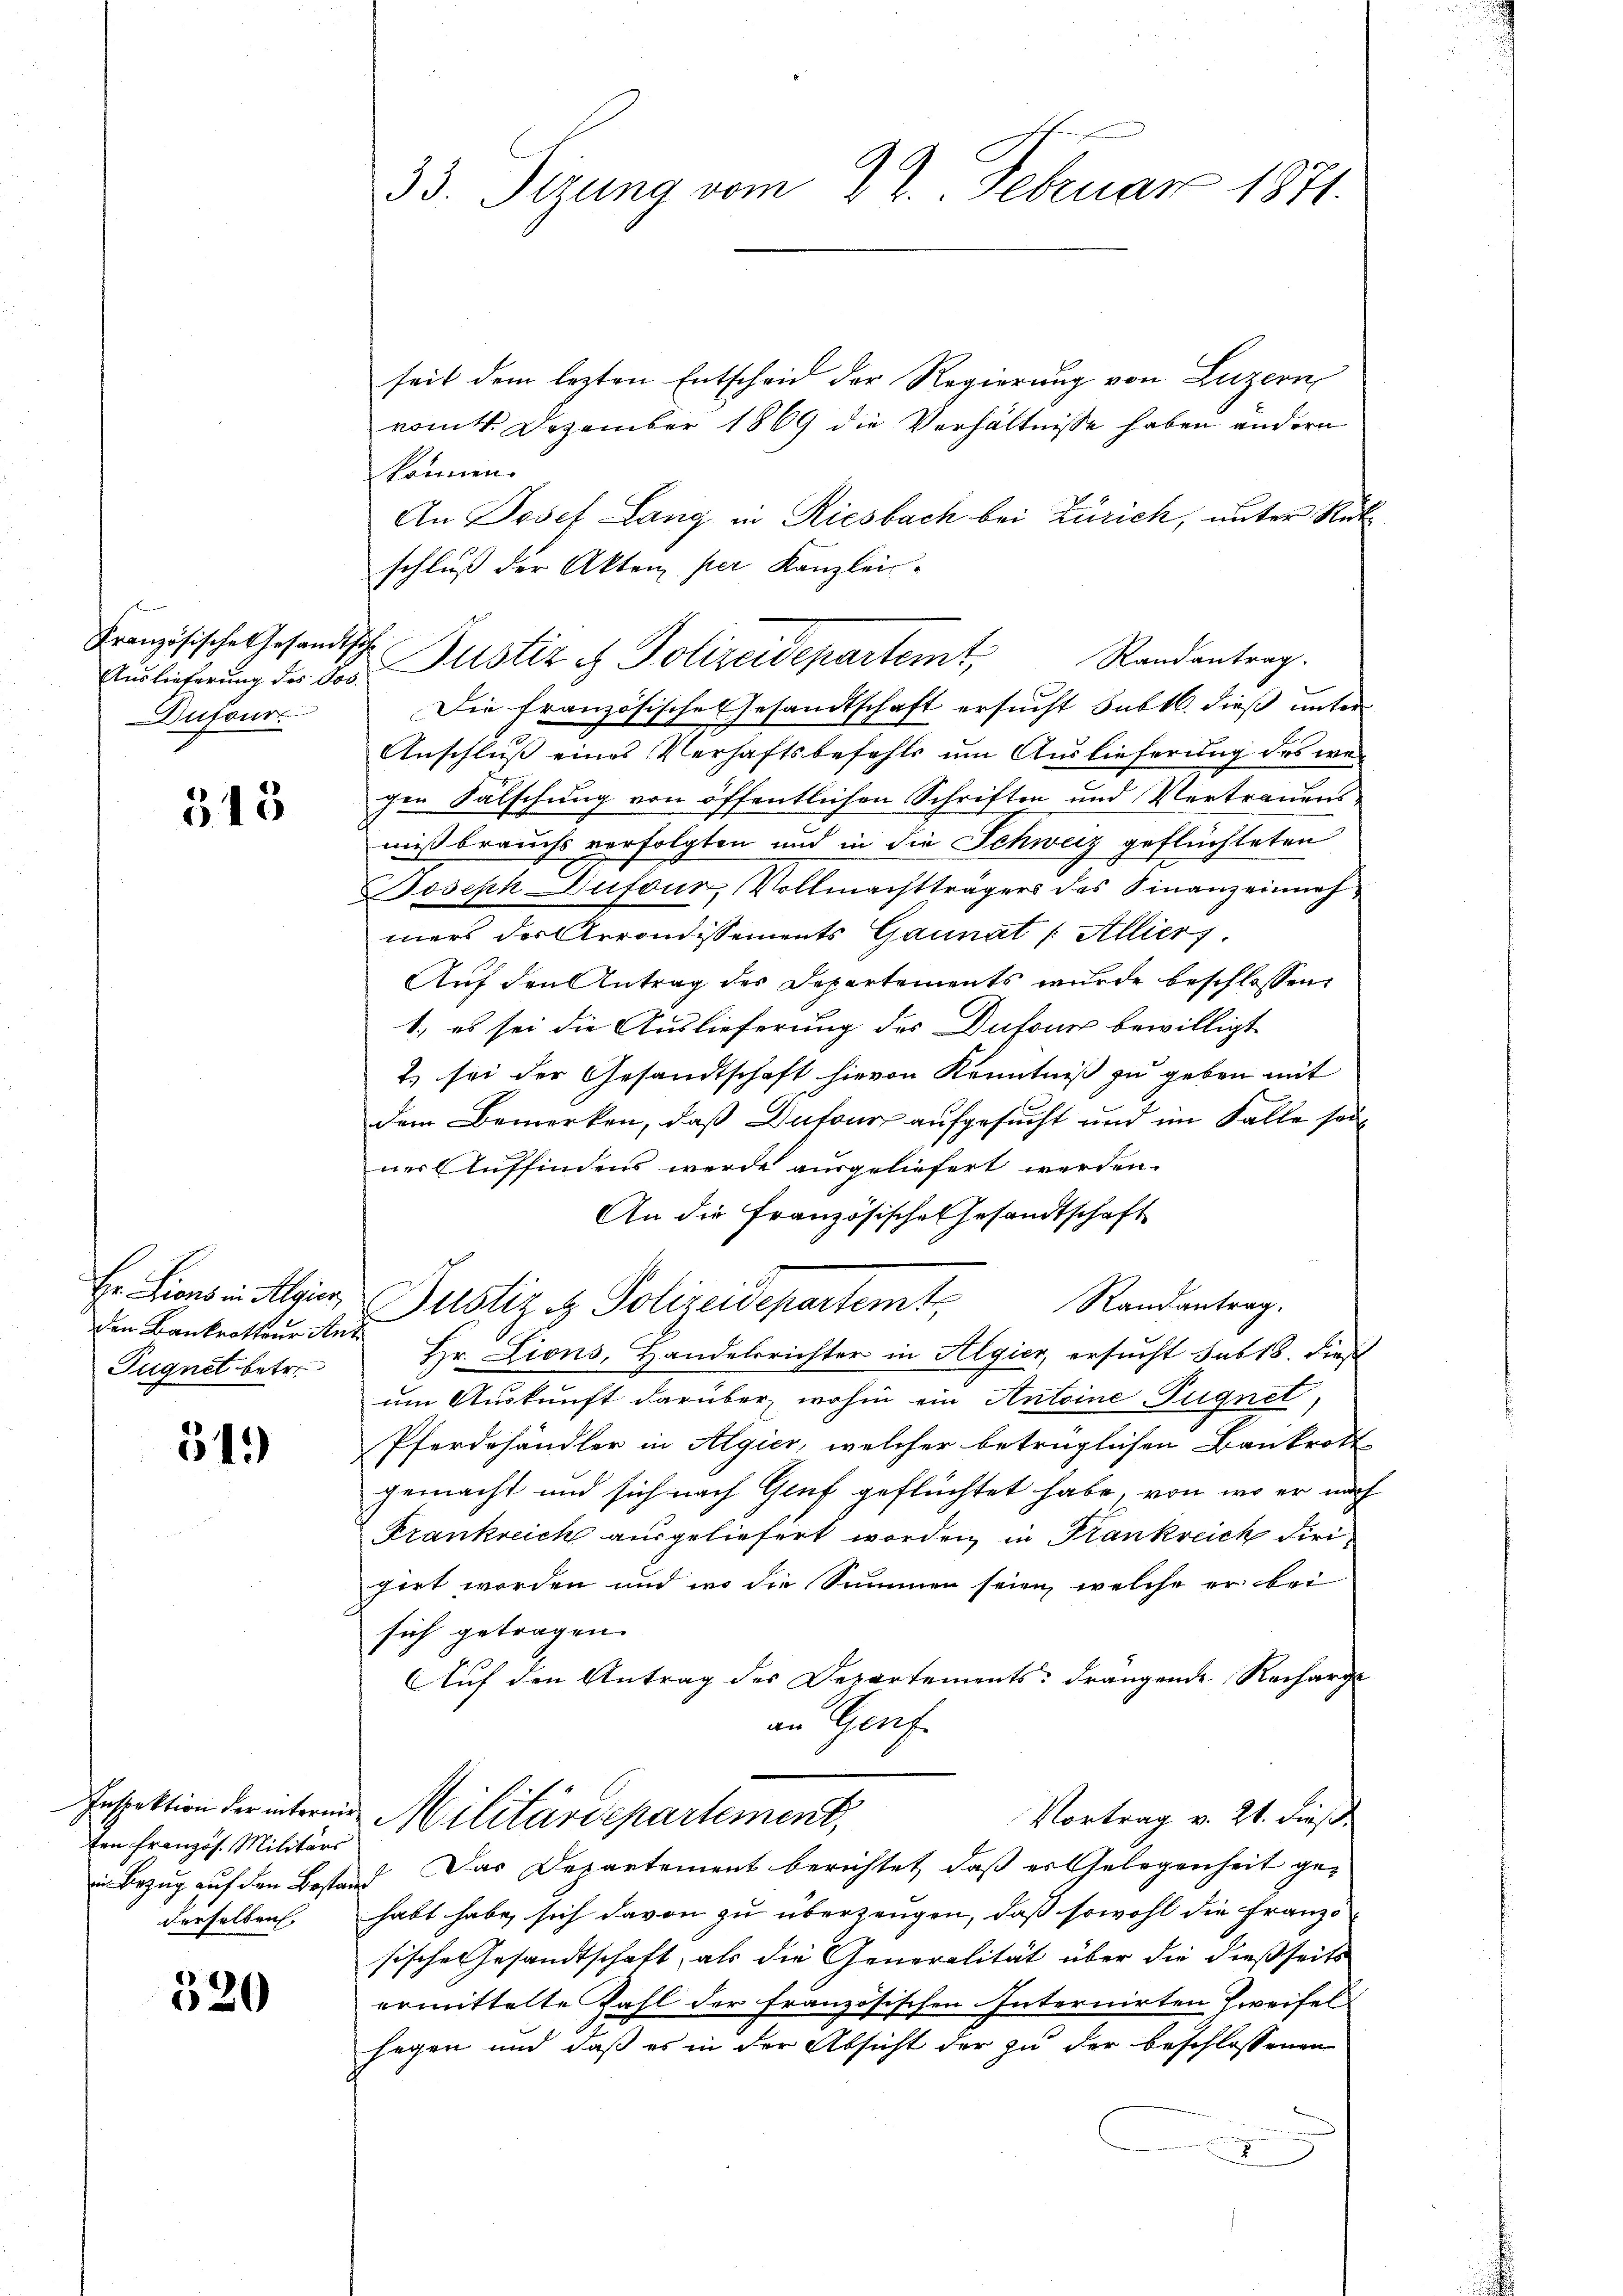
Französische Gesandtsch
Dufour

515

den Bankrotter Ant
Fugnet betr.

515

Inspektion der internie
ten französ. Militärs
in Bezug auf den Bestanderselben

320

33. Tizung vom 22. Februar 1871.

seit dem lezten Entscheid der Regierung von Luzern,
vomt. Dezember 1869 die Verhältnisse haben andern
können.
An Josef Lang in Riesbach bei Zürich, unter Rükschluß der Akten per Kanzlei-
Die französische Gesandtschaft ersucht subtl. dieß unter
Anschluß eines Verhaftsbefehls um Auslieferung des wegen Fälschung von öffentlichen Schriften und Vertrauensmißbrauchs verfolgten und in die Schweiz geflüchteten
Joseph Dufour, Vollmachtträgers des Finanzeinnahmers der Arrondissements Gaunat (Allier.
Auf den Antrag des Departements wurde beschlossen
1. es sei die Auslieferung des Dufour bewilligt
2) sei der Gesandtschaft hievon Kenntniß zu geben mit
dem Bemerken, daß Dufour aufgesucht und im Falle seiner Auffindens werde ausgeliefert werden.
An die Französischen Gesandtschaft
Hr. Hienen Mein Justiz & Polizeidepartemt,
Randantrag.
Hr. Lions, Handelsrichter in Algier, ersucht sub 18. Dies
um Auskunft darüber wohin ein Antoine Fugnet,
Pferdehändler in Algier, welcher betrüglichen Bankrott
gemacht und sich nach Genf geflüchtet habe, von wo er nach
Frankreich ausgeliefert worden, in Krankreich diri
pirt worden und wo die Summen seien, welche er bei
sich getragen.
Auf den Antrag des Departements-drangende Recharge
an Genf
Vortrag v. 21. dieß¬
Militärdepartement,
Das Departement berichtet, daß er Gelegenheit ges
habt habe, sich davon zu überzeugen, daß sowohl die Franz
sische Gesandtschaft, als die Generalität über die dießseits
ermittelte Zahl der französischen Internirten Zweifel
hagen und daß es in der Absicht der zu der beschlossenen
2

Auslicherung der des Justiz & Polizeidepartemt, Randantrag.